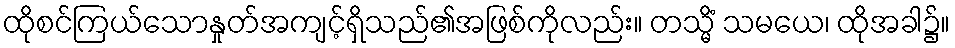
ထိုစင်ကြယ်သောနှုတ်အကျင့်ရှိသည်၏အဖြစ်ကိုလည်း။ တသ္မိံ သမယေ၊ ထိုအခါ၌။